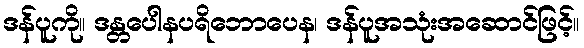
ဒန်ပူကို။ ဒန္တပေါနပရိဘောပေန၊ ဒန်ပူအသုံးအဆောင်ဖြင့်။